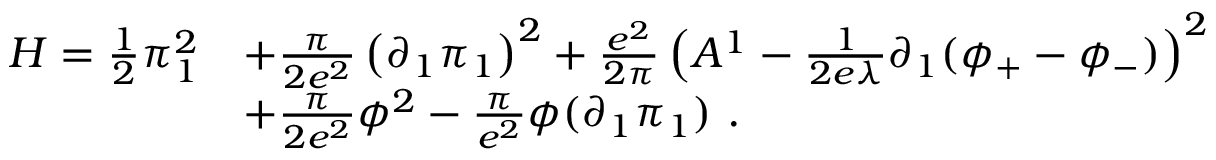
\begin{array} { r l } { { { \cal H } = \frac { 1 } { 2 } \pi _ { 1 } ^ { 2 } } } & { { + \frac { \pi } { 2 e ^ { 2 } } \left( \partial _ { 1 } \pi _ { 1 } \right) ^ { 2 } + \frac { e ^ { 2 } } { 2 \pi } \left( A ^ { 1 } - \frac { 1 } { 2 e \lambda } \partial _ { 1 } ( \phi _ { + } - \phi _ { - } ) \right) ^ { 2 } } } \\ { { } } & { { + \frac { \pi } { 2 e ^ { 2 } } \phi ^ { 2 } - \frac { \pi } { e ^ { 2 } } \phi ( \partial _ { 1 } \pi _ { 1 } ) \ . } } \end{array}